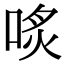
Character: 𠶨